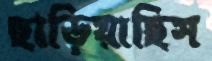
ছাড়িয়াছিস